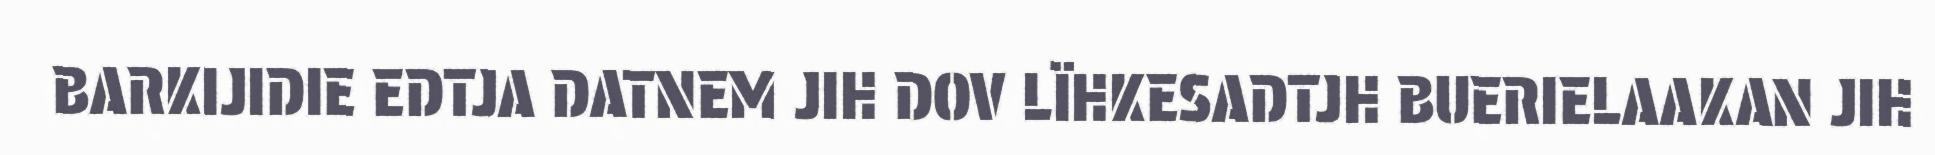
BARKIJIDIE EDTJA DATNEM JIH DOV LÏHKESADTJH BUERIELAAKAN JIH